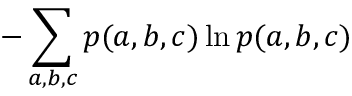
- \sum _ { a , b , c } p ( a , b , c ) \ln p ( a , b , c )